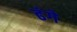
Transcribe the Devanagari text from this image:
ढंगे